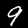
Label: 9